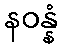
နဝန္နံ